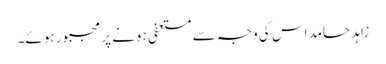
زاہد حامد اس کی وجہ سے مستعفی ہونے پر مجبور ہوئے۔